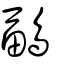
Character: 鶝